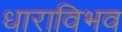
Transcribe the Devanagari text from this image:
धाराविभव